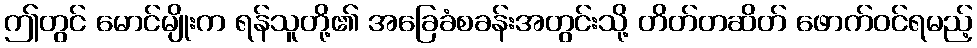
ဤတွင် မောင်မျိုးက ရန်သူတို့၏ အခြေခံစခန်းအတွင်းသို့ တိတ်တဆိတ် ဖောက်ဝင်ရမည့်